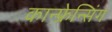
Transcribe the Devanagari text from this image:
कान्फ्रेन्सिंग